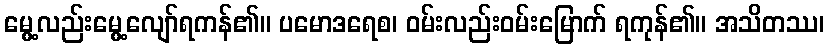
မွေ့လည်းမွေ့လျော်ရကန်၏။ ပမောဒရေစ၊ ဝမ်းလည်းဝမ်းမြောက် ရကုန်၏။ အသိတဿ၊